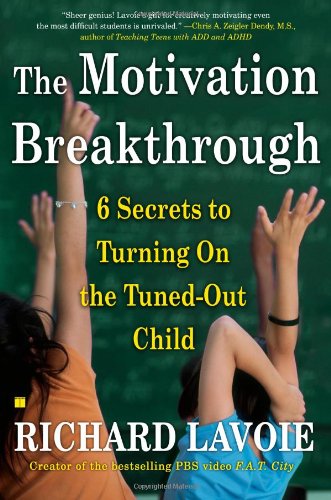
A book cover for The Motivation Breakthrough: 6 Secrets to Turning On the Tuned-Out Child; Richard Lavoie; Education & Teaching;